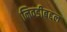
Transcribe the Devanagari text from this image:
निवडीबद्दल